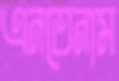
এনতেনাম